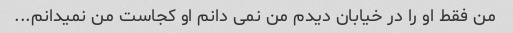
من فقط او را در خیابان دیدم من نمی دانم او کجاست من نمیدانم...